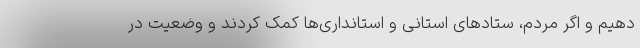
دهیم و اگر مردم، ستادهای استانی و استانداری‌ها کمک کردند و وضعیت در